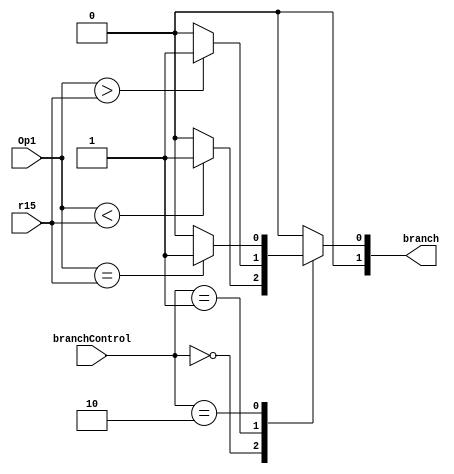
module comparator(branchControl, Op1, r15, branch);
    input [1:0] branchControl;
    input [15:0] Op1, r15;
    output reg [1:0] branch;

    always @ (*) begin
        case(branchControl)
            2'b00:  branch = (Op1 < r15 ? 1 : 0); 
            2'b01:  branch = (Op1 > r15 ? 1 : 0);
            2'b10:  branch = (Op1 == r15 ? 1 : 0);  
            default: branch = 0;
        endcase
    end
endmodule